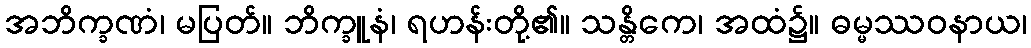
အဘိက္ခဏံ၊ မပြတ်။ ဘိက္ခူနံ၊ ရဟန်းတို့၏။ သန္တိကေ၊ အထံ၌။ ဓမ္မဿဝနာယ၊